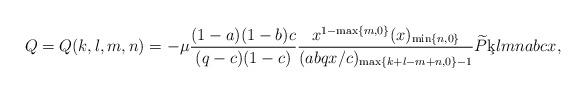
LaTeX: \begin{align*}Q = Q (k, l, m, n) = - \mu \frac{(1 - a) (1 - b) c}{(q - c) (1 - c)} \frac{x^{1 - \max\left\{m, 0 \right\}} (x)_{\min\left\{n, 0 \right\}}}{(a b q x / c)_{\max\left\{k + l - m + n, 0 \right\} - 1}} \widetilde{P} \c{k}{l}{m}{n}{a}{b}{c}{x}, \end{align*}